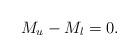
LaTeX: \begin{align*} M_u - M_l = 0.\end{align*}